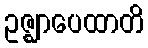
ဥဇ္ဈာပေထာတိ